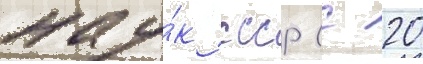
нау́к ссср (с 20